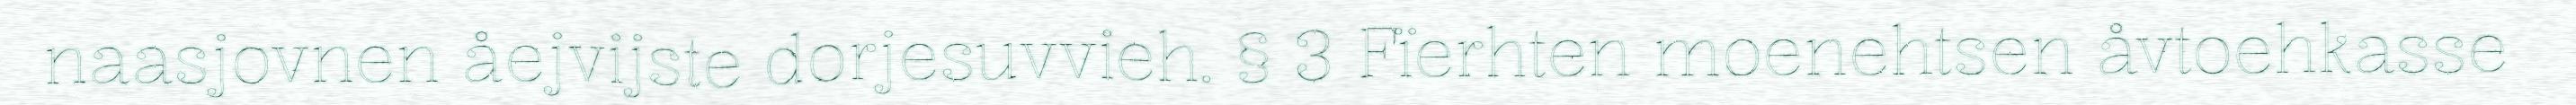
naasjovnen åejvijste dorjesuvvieh. § 3 Fïerhten moenehtsen åvtoehkasse